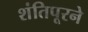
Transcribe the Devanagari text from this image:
शंतिपूरने